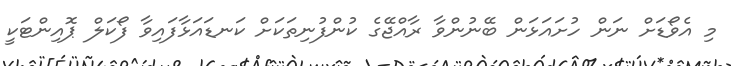
މި އެވޯޑަށް ނަން ހުށައަޅަން ބޭނުންވާ ރާއްޖޭގެ ކުންފުނިތަކަށް ކަނޑައަޅާފައިވާ ފޯކަލް ޕޮއިންޓަކީ